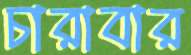
চারাবার